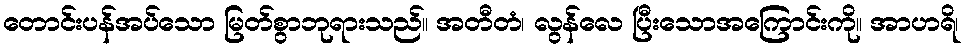
တောင်းပန်အပ်သော မြတ်စွာဘုရားသည်။ အတီတံ၊ လွန်လေ ပြီးသောအကြောင်းကို။ အာဟရိ၊